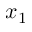
x _ { 1 }